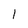
Character: 1